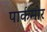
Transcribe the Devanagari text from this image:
पार्कमोर